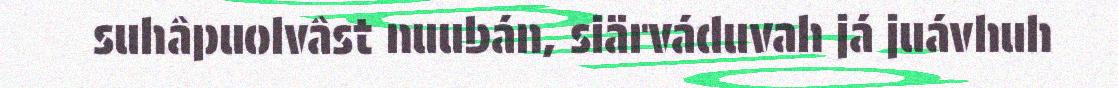
suhâpuolvâst nuubán, siärváduvah já juávhuh